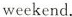
weekend.